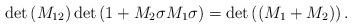
LaTeX: \begin{align*}\det\left( M_{12}\right) \det\left( 1+M_{2}\sigma M_{1}\sigma\right)=\det\left( \left( M_{1}+M_{2}\right) \right) .\end{align*}